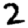
Digit: 2